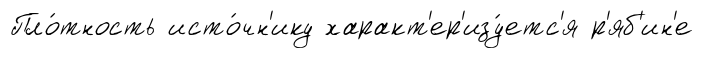
Пло́тность исто́чн'ику характ'ер'изу́етс'я р'яб'ин'е